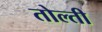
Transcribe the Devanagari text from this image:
तोल्ती